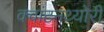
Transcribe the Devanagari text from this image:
क्‍वांटनथ्‍योरी